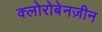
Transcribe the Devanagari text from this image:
क्लोरोबेनज़ीन